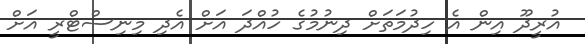
އުރީދޫ އިން އެ ހިދުމަތަށް ދިނުމުގެ ހުއްދަ އަށް އެދި މިނިސްޓްރީ އަށް